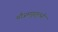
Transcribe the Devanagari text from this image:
मौजमपुरतुल्सी